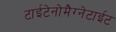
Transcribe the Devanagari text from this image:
टाईटेनोमैग्नेटाईट